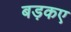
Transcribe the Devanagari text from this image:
बड़कए